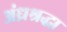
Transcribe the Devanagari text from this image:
अंध्रश्रद्धा